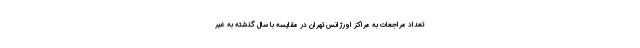
تعداد مراجعات به مراکز اورژانس تهران در مقایسه با سال گذشته به غیر